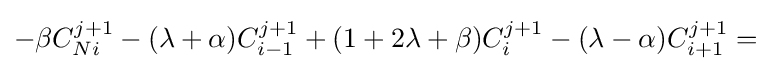
-\beta C_{Ni}^{j+1}-(\lambda +\alpha )C_{i-1}^{j+1}+(1+2\lambda +\beta )C_{i}^{j+1}-(\lambda -\alpha )C_{i+1}^{j+1}={}